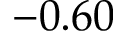
- 0 . 6 0